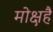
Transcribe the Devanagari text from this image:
मोक्षहै